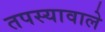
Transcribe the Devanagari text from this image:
तपस्यावाले